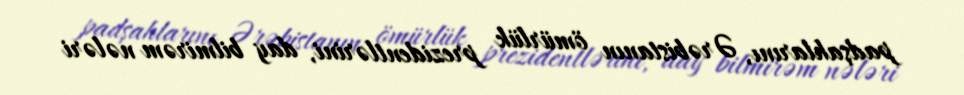
padşahlarını, Ərəbistanın ömürlük prezidentlərini, day bilmirəm nələri